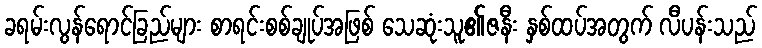
ခရမ်းလွန်ရောင်ခြည်များ စာရင်းစစ်ချုပ်အဖြစ် သေဆုံးသူ၏ဇနီး နှစ်ထပ်အတွက် လီပန်းသည်